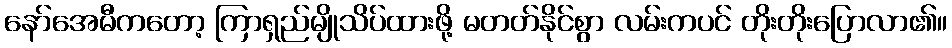
နော်အေမီကတော့ ကြာရှည်မျိုသိပ်ထားဖို့ မတတ်နိုင်စွာ လမ်းကပင် တိုးတိုးပြောလာ၏။